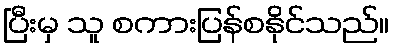
ပြီးမှ သူ စကားပြန်စနိုင်သည်။